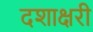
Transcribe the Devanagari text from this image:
दशाक्षरी